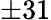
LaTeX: \pm 31